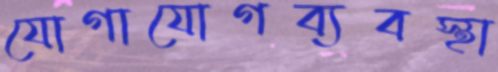
যোগাযোগব্যবস্থা